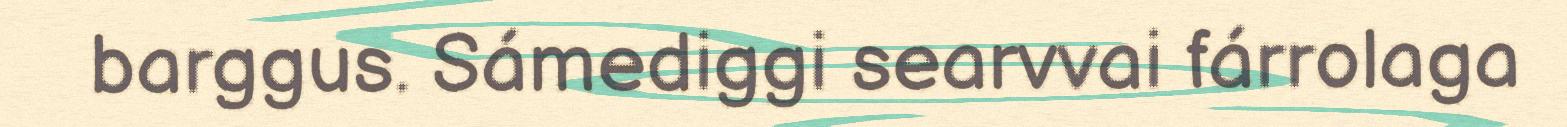
barggus. Sámediggi searvvai fárrolaga